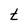
Character: t